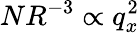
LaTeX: NR^{-3}\propto q_{x}^{2}